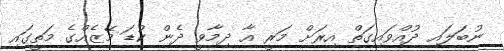
ނުބަލައި ދުއްވައިގަތް އިރަށް މަރީ އާ ދިމާވީ ދެން ކުޑަ މޭޒެއްގެ މަތީގައި